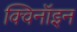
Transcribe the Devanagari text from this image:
क्विनॉइन